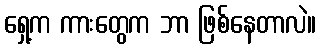
ရှေ့က ကားတွေက ဘာ ဖြစ်နေတာလဲ။